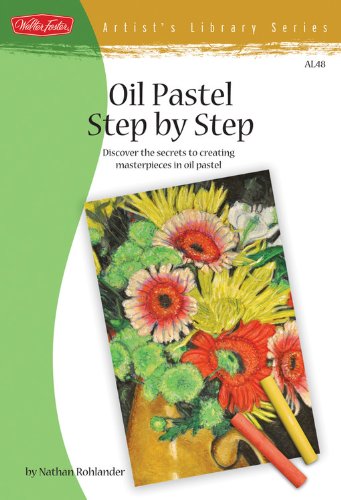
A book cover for Oil Pastel Step by Step: Discover the secrets to creating masterpieces in oil pastel (Artist's Library); Nathan Rohlander; Arts & Photography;